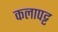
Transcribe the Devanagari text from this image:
कलापट्ट